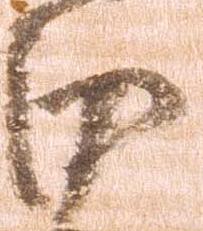
田